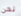
نحن